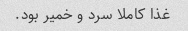
غذا کاملا سرد و خمیر بود.